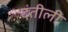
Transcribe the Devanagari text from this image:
दंतीली